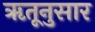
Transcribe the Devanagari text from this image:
ॠतूनुसार